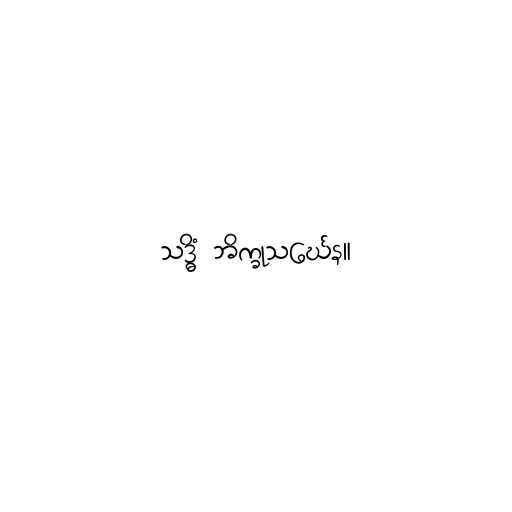
သဒ္ဓိံ ဘိက္ခုသင်္ဃေန။